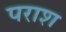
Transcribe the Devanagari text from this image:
पराश